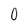
Character: 0